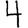
Digit: 4